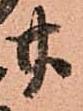
廿